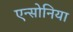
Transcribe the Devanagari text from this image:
एन्सोनिया